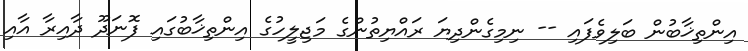
އިންތިޚާބުން ބަލިވެފައި -- ނިމިގެންދިޔަ ރައްޔިތުންގެ މަޖިލީހުގެ އިންތިޚާބުގައި ފޮނަދޫ ދާއިރާ އާއި